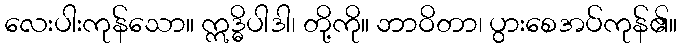
လေးပါးကုန်သော။ ဣဒ္ဓိပါဒါ၊ တို့ကို။ ဘာဝိတာ၊ ပွားစေအပ်ကုန်၏။